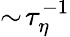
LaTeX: \sim\! \tau_{\eta}^{-1}